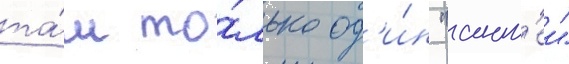
та́м то́лько од'и́н "ант'еи"